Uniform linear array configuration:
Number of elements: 8
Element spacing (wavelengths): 0.5
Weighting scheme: blackman
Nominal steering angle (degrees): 60
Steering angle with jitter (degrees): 58.582
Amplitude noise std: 0.05
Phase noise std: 0.05

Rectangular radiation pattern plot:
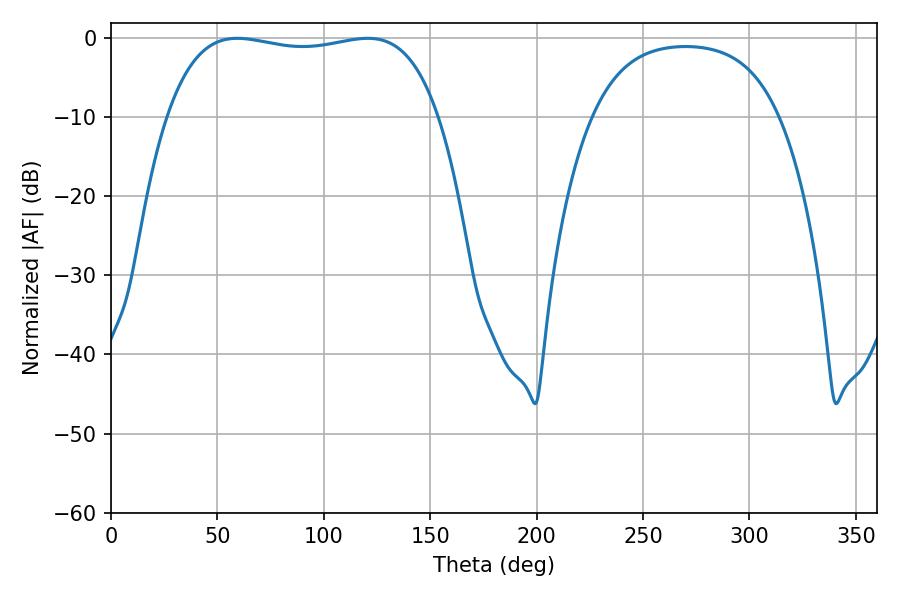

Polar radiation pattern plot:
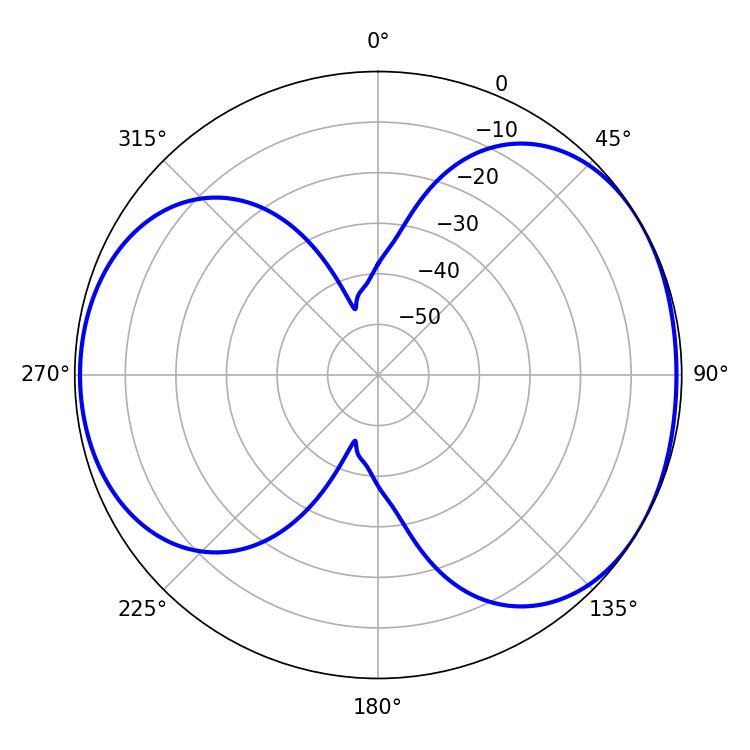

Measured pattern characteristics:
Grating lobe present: FALSE
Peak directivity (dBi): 4.794
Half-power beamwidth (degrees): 102.6
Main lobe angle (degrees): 59.4